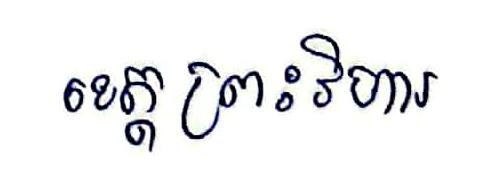
ខេត្តព្រះវិហារ